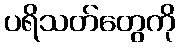
ပရိသတ်တွေကို